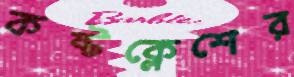
কষ্টক্লেশের